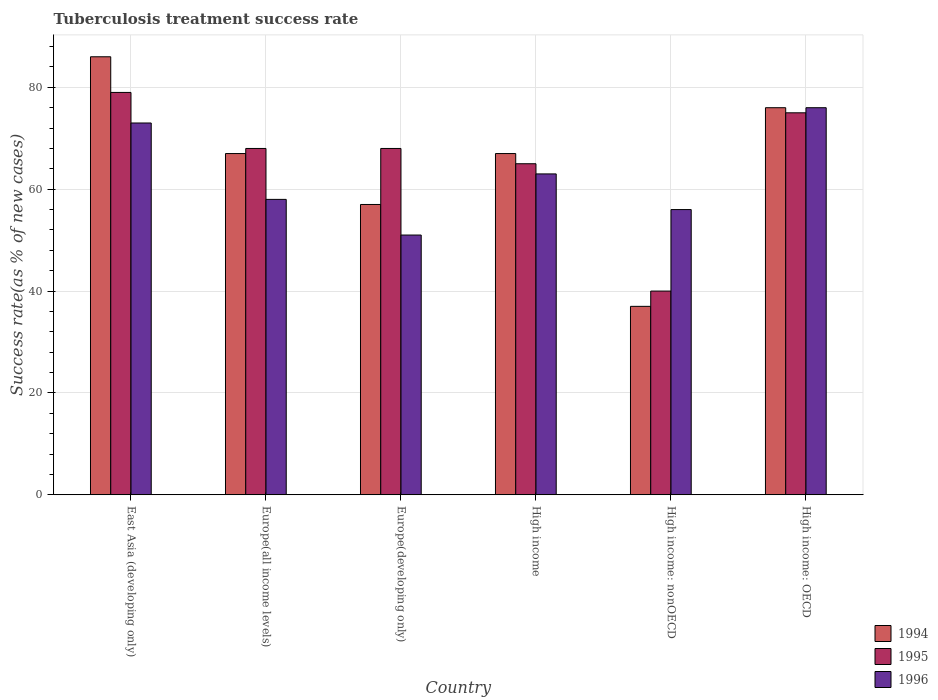
| Country | 1994 | 1995 | 1996 |
 | --- | --- | --- | --- |
 | East Asia (developing only) | 86 | 79 | 73 |
 | Europe(all income levels) | 67 | 68 | 58 |
 | Europe(developing only) | 57 | 68 | 51 |
 | High income | 67 | 65 | 63 |
 | High income: nonOECD | 37 | 40 | 56 |
 | High income: OECD | 76 | 75 | 76 |